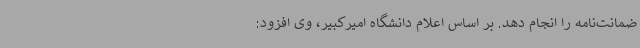
ضمانت‌نامه را انجام دهد. بر اساس اعلام دانشگاه امیرکبیر، وی افزود: